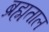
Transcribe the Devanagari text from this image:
ब्रह्मताल